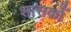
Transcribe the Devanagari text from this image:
शासकोँ